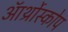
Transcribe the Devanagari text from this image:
ऑर्थ्रोस्कोप